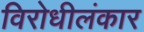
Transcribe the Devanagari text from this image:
विरोधीलंकार